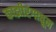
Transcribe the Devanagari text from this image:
काझीरंगातून